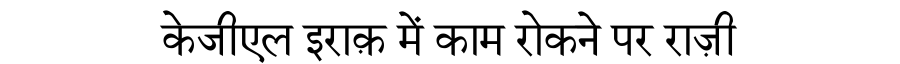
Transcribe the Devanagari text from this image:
केजीएल इराक़ में काम रोकने पर राज़ी